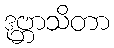
ဒုဗ္ဘာသိတာ